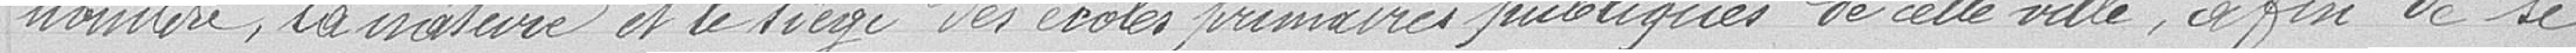
nombre, la nature et le siège des écoles primaires publiques de cette ville, afin de se